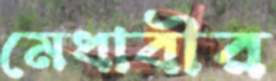
মেধাবীর